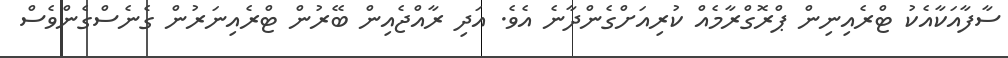
ސާފާއަކާއެކު ޓްރެއިނިން ޕްރޮގްރާމެއް ކުރިއަށްގެންދާނެ އެވެ. އަދި ރާއްޖެއިން ބޭރުން ޓްރެއިނަރުން ގެނެސްގެންވެސް